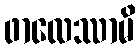
ဖာလေဿာမိ